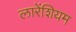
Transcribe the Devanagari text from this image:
लारेंशियम